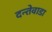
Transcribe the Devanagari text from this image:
दन्तेवाडा